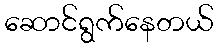
ဆောင်ရွက်နေတယ်